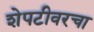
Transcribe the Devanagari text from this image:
शेपटीवरचा